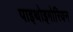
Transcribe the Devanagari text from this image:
पाइथोइगोरियन